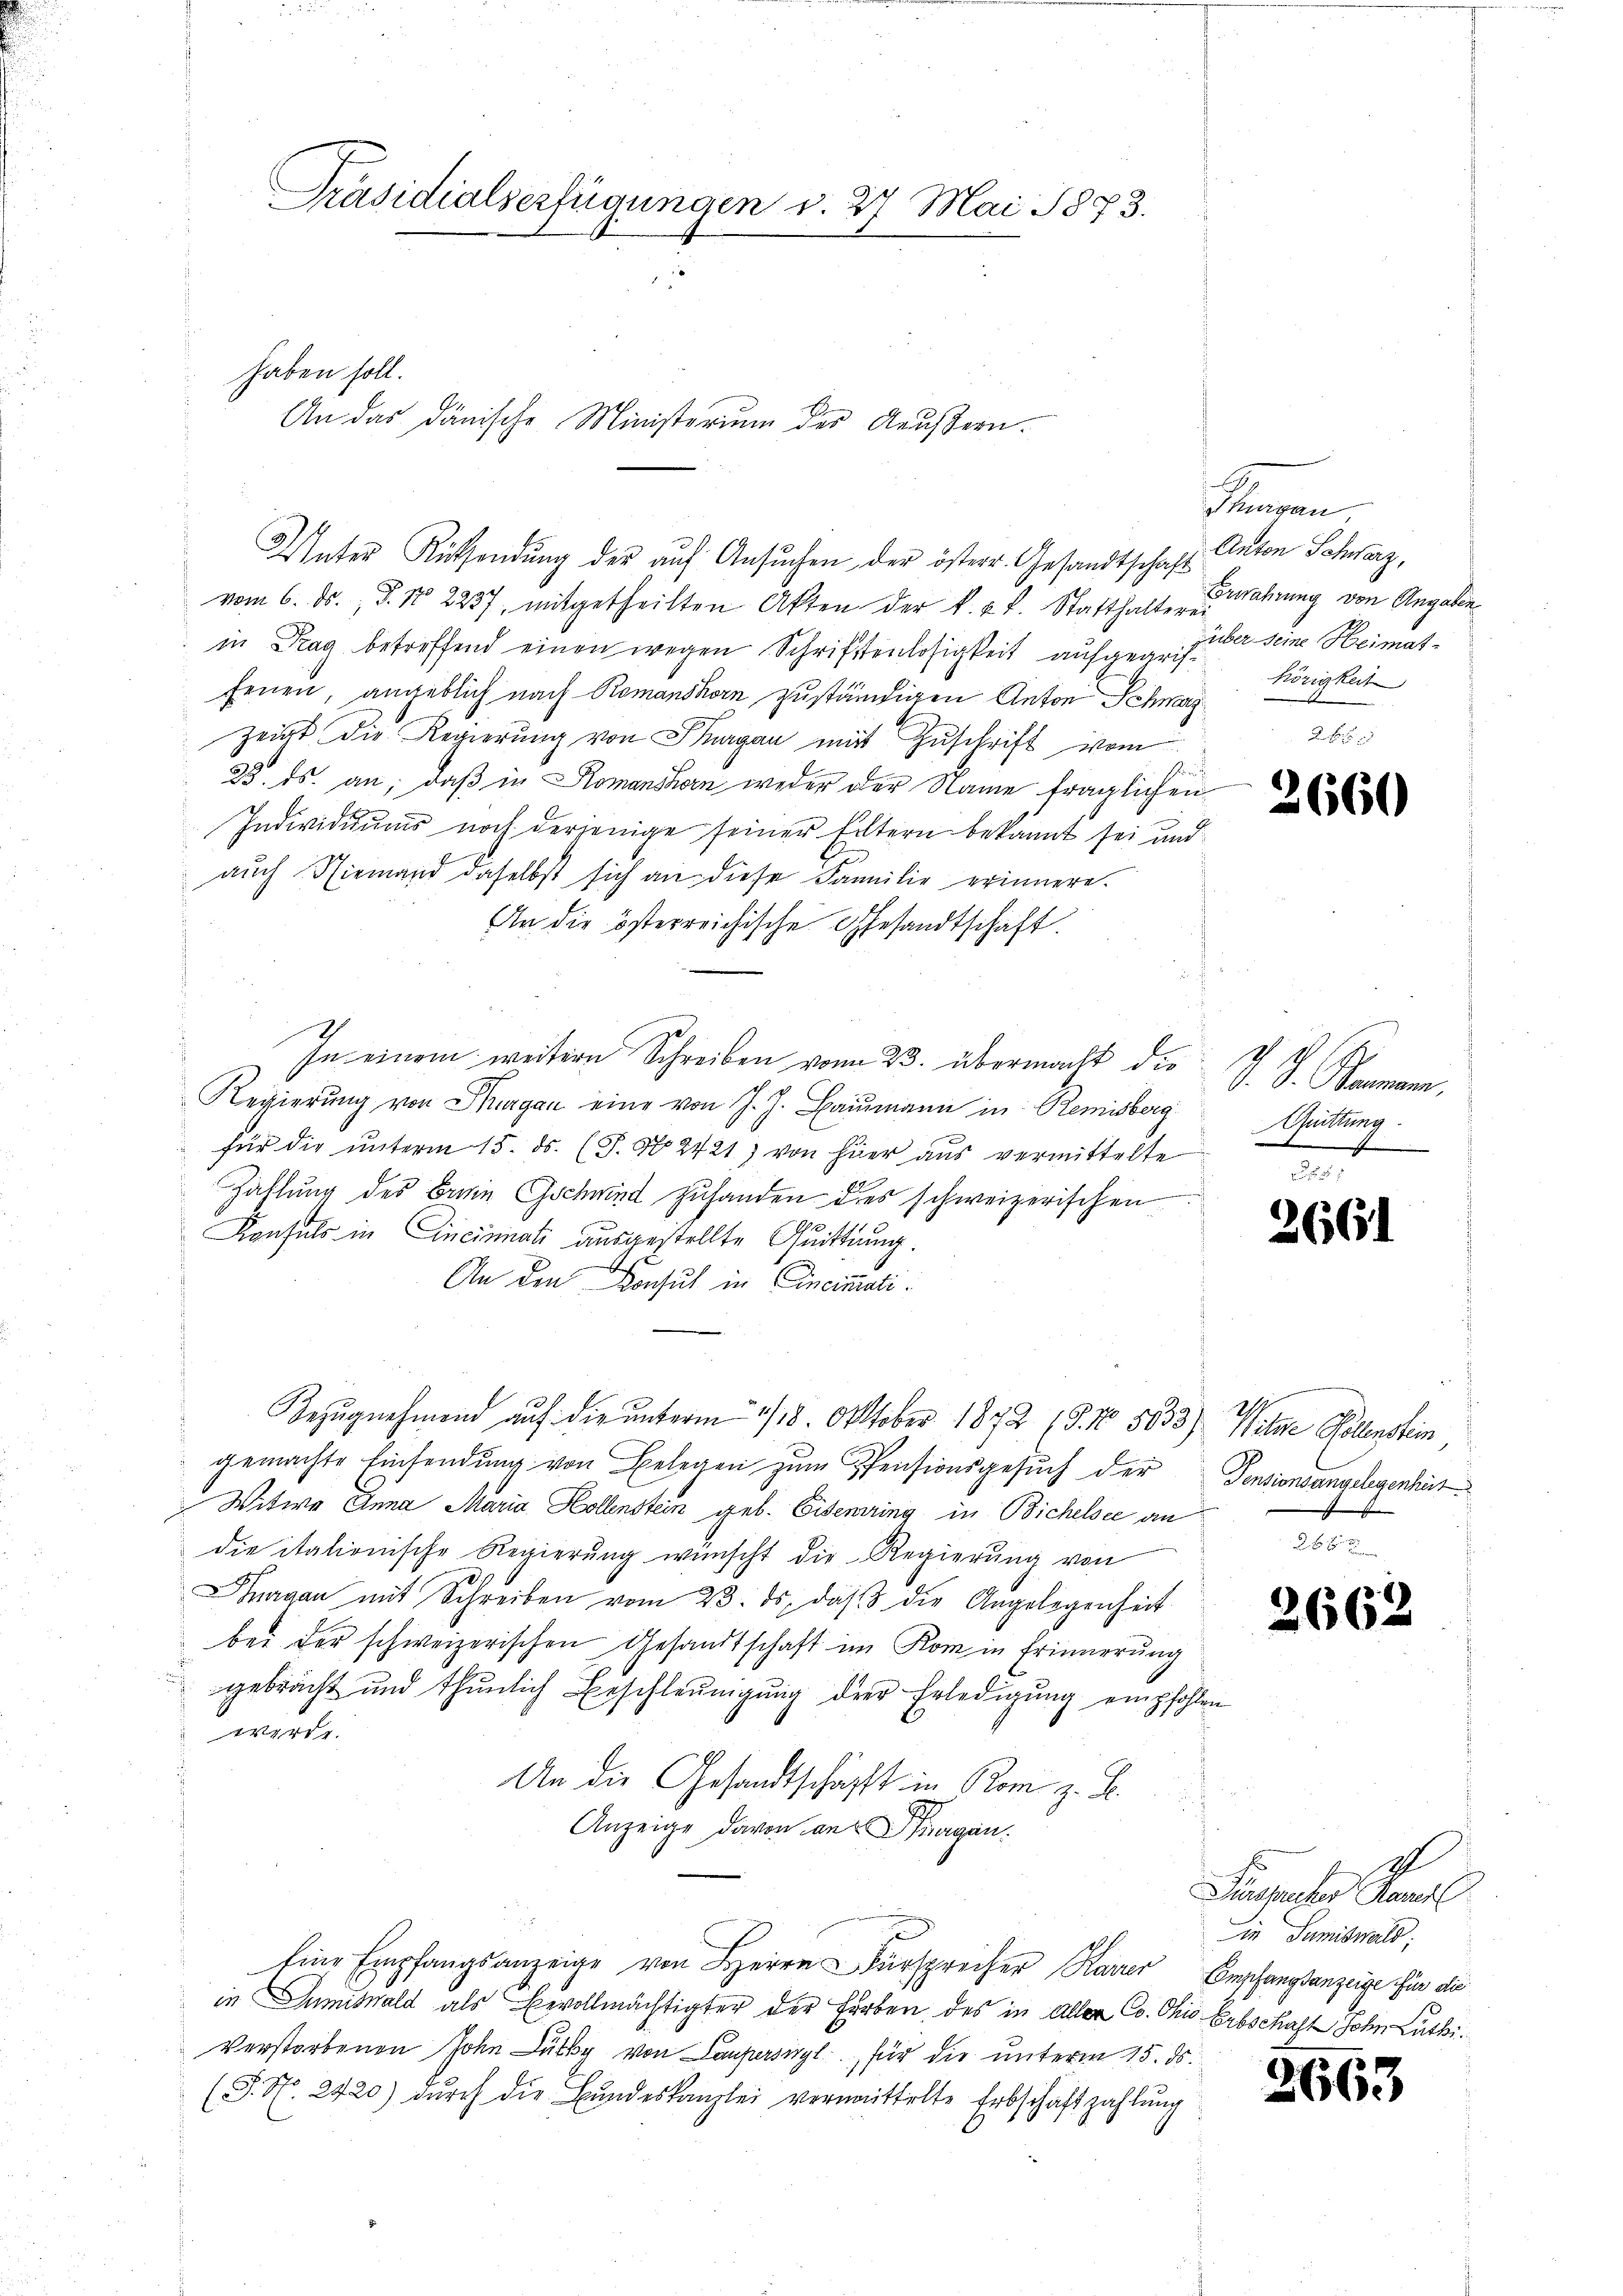
Präsidialserfügungen v. 27. Mai 1873.

haben soll.

An das dänische Ministerium des Aeussern.

Unter Rücksendŭng der aŭf Ansŭchen der österr. Gesandtschaft Anton Schwarz,
vom 6. ds. P. Nr. 2237, mitgetheilten Akten der k. k. k. Statthalteren
in Frag betreffend einen wegen Schriftenlosigkeit aufgegriffenen, angeblich nach Romanshorn zuständigen Anton Schwarzzeigt die Regierŭng von Thurgau mit Zuschrift vom
23. ds. an, daß in Romanshorn weder der Name fraglichen
Individuums noch derjenige seiner Eltern bekannt sei und
auch Niemand daselbst sich an diese Familie erinnere.
An die österreichische Gesandtschaft.
ven erlesen
In einem weitern Schreiben vom 23. übermacht die J. J. Baumann,
Regierŭng von Thurgau eine von J. J. Baumann in Remisberg
für die ŭnterm 15. ds. (T. N. 2421) von hier aŭs vermittelte
Zahlung des Breie Gschwind zuhanden des schweizerischen
Konsuls in Cincinnati ausgestellte Quittung.
An den Konsul in Cincimmati¬
Bezŭgnehmend auf die unterm 1/18. Oktober 1872 (3. No. 5033) Wilne Polenstein,
gemachte Einsendŭng von Belegen zŭm PPensionsgesŭch der Pensionsangelegenheit
Witwe Anna Maria Kollenstein geb. Eisenring in Bichelsee an
die italienische Regierung wünscht die Regierung von
nagan mit Schreiben vom 23. ds. daβ die Angelegenheit
bei der schweizerischen Gesandtschaft im Kom in Erinnerung
gebracht und thŭnlich Beschleunigung der Erledigung empfohlen
werde.
An die Gesandtschafft in Rom z. B.
Anzeige davon an Fragen.
Eine Empfangsanzeige von Herrn Fürsprecher Karrer Empfangsanzeige für die
in Sumiswald als Bevollmächtigter der Erben, des in aller Co. Ohio Erbschaft Hohen Lüthi¬
Verstorbenen John Lüthy von Laupersihl für die unterm 15. ds.
(P. Nr. 2420) dŭrch die Bŭndeskanzlei vermittelte Erbschaft zahlŭng

5
Thurgau
Erwahrung von Angaben
über seine Heimat-
hörigkeit

d

2660

Quittung
bene

2661

2662

Ich
Fürsprucher Ramel
in Sumiswald;

3

663